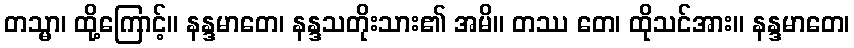
တသ္မာ၊ ထို့ကြောင့်။ နန္ဒမာတေ၊ နန္ဒသတိုးသား၏ အမိ။ တဿ တေ၊ ထိုသင်အား။ နန္ဒမာတေ၊